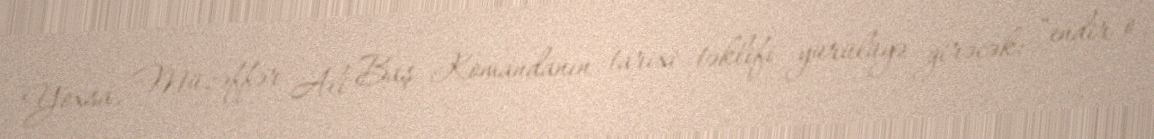
Yoxsa, Müzəffər Ali Baş Komandanın tarixi təklifi yürülüyə girəcək: “endir o